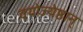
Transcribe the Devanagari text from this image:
वयोज्येष्ठान्‌